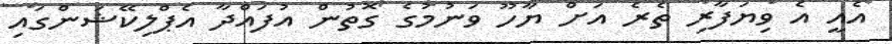
އެއީ އެ ވިޔަފާރިި ތެރެ އަށް ޔާހޫ ވަނުމުގެ ގޮތުން އުފައްދާ އެޕްލިކޭޝަންގައި